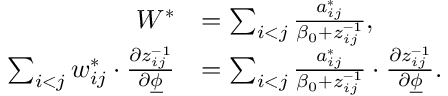
\begin{array} { r l } { W ^ { * } } & { = \sum _ { i < j } \frac { a _ { i j } ^ { * } } { \beta _ { 0 } + z _ { i j } ^ { - 1 } } , } \\ { \sum _ { i < j } w _ { i j } ^ { * } \cdot \frac { \partial z _ { i j } ^ { - 1 } } { \partial \underline { { \phi } } } } & { = \sum _ { i < j } \frac { a _ { i j } ^ { * } } { \beta _ { 0 } + z _ { i j } ^ { - 1 } } \cdot \frac { \partial z _ { i j } ^ { - 1 } } { \partial \underline { { \phi } } } . } \end{array}